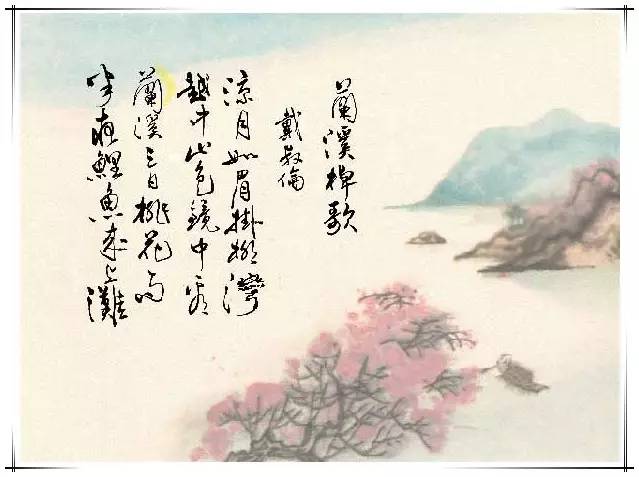
野蔬充膳甘长藿，落叶添薪仰古槐。